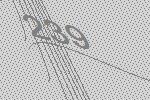
239